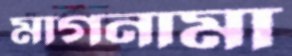
মাগনামা